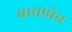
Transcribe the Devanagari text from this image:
पाचपोच